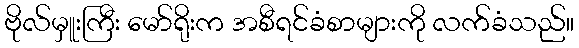
ဗိုလ်မှူးကြီး မော်ရိုးက အစီရင်ခံစာများကို လက်ခံသည်။